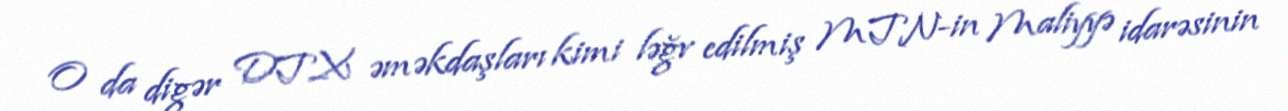
O da digər DTX əməkdaşları kimi ləğv edilmiş MTN-in Maliyyə idarəsinin